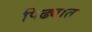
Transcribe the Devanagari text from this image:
पिढ्यात